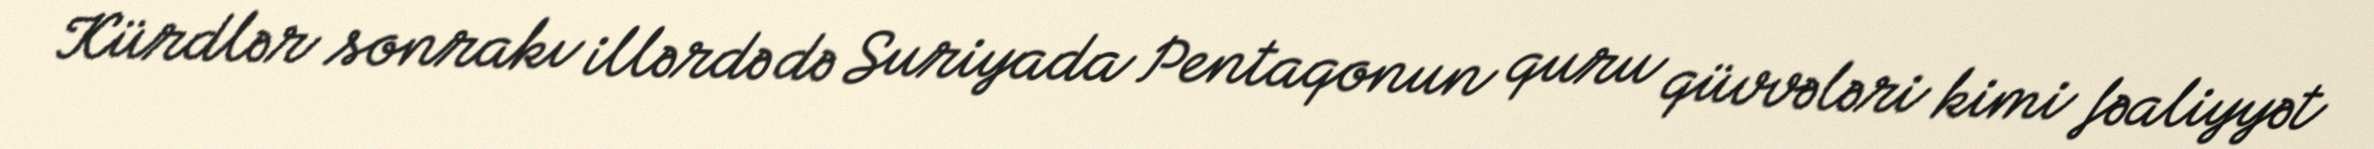
Kürdlər sonrakı illərdə də Suriyada Pentaqonun quru qüvvələri kimi fəaliyyət